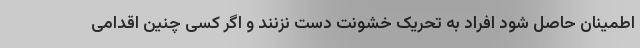
اطمینان حاصل شود افراد به تحریک خشونت دست نزنند و اگر کسی چنین اقدامی